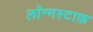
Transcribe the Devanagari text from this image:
लॉन्गस्टाफ़